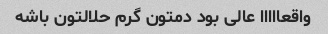
واقعااااا عالی بود دمتون گرم حلالتون باشه